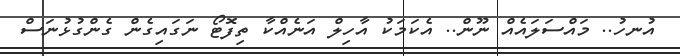
އުނހު.. މައްސަލައެއް ނޫން.. އެކަމަކު އާހިލް އަނެއްކާ ތިފޮޓޯ ނަގައިގެން ގެންގުޅުނަސް